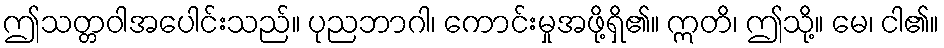
ဤသတ္တဝါအပေါင်းသည်။ ပုညဘာဂါ၊ ကောင်းမှုအဖို့ရှိ၏။ ဣတိ၊ ဤသို့။ မေ၊ ငါ၏။